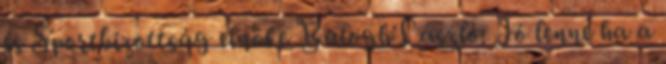
és Sportbizottság elnöke Balogh László: Jó lenne ha a